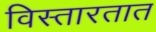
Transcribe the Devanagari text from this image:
विस्तारतात